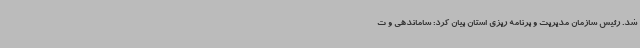
شد. رئیس سازمان مدیریت و برنامه ریزی استان بیان کرد: ساماندهی و ت